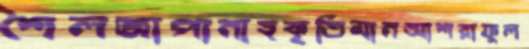
শৈলজাপানাহকৃতিমানআশরাফুল